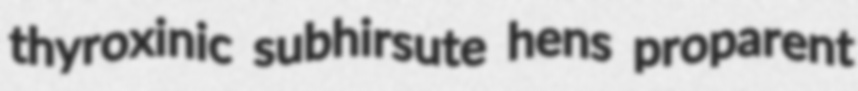
thyroxinic subhirsute hens proparent